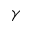
\gamma